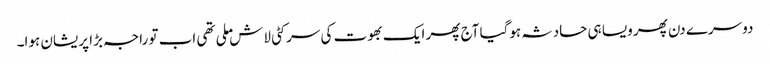
دوسرے دن پھر ویسا ہی حادثہ ہوگیا آج پھر ایک بھوت کی سر کٹی لاش ملی تھی اب تو راجہ بڑا پریشان ہوا۔